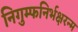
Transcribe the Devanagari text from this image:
निगुम्फनिर्भक्षरन्म